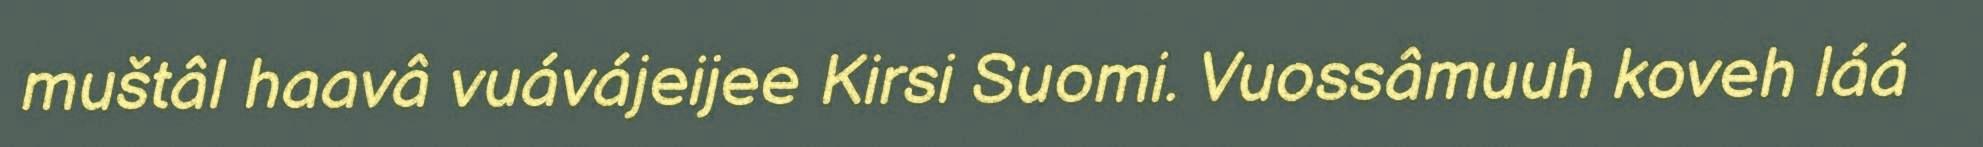
muštâl haavâ vuávájeijee Kirsi Suomi. Vuossâmuuh koveh láá